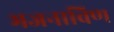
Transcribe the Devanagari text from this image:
भजनाविण